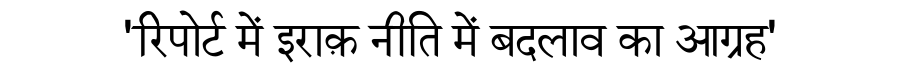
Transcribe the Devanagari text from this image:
'रिपोर्ट में इराक़ नीति में बदलाव का आग्रह'